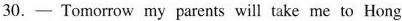
30. —Tomorrow my parents will take me to Hong